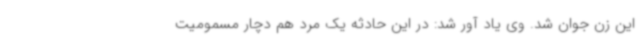
این زن جوان شد. وی یاد آور شد: در این حادثه یک مرد هم دچار مسمومیت